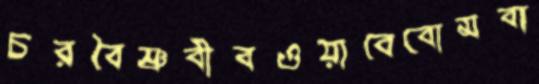
চরবৈষ্ণবীবওয়াবেবোমবা